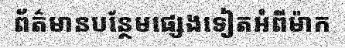
ព័ត៌មានបន្ថែមផ្សេងទៀតអំពីម៉ាក